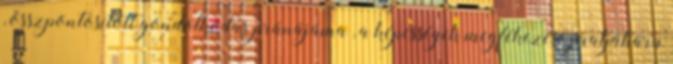
, összpontosított gondolkodás pránájáma , a képességek megfékezése pratjáhára